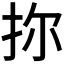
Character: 𪭧